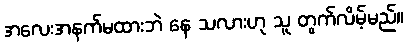
အလေးအနက်မထားဘဲ နေ သလားဟု သူ တွက်လိမ့်မည်။